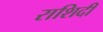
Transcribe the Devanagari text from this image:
राशिदी